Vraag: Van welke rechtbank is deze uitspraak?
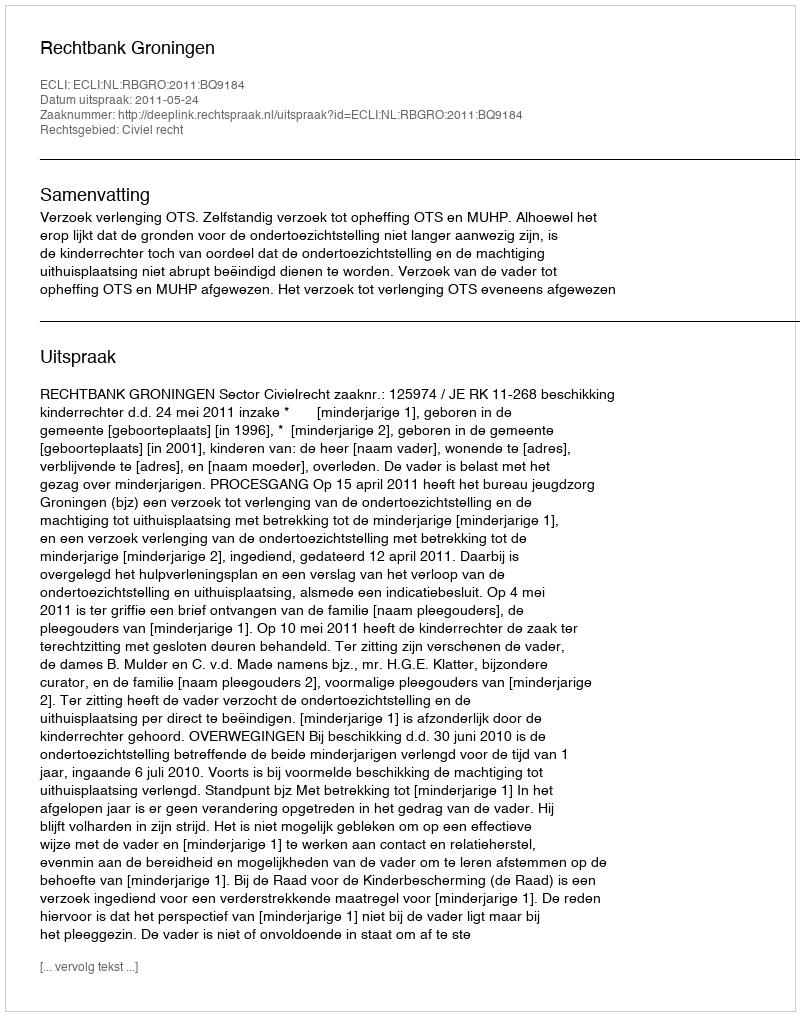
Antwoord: Rechtbank Groningen